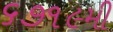
૬૭૧૯મી